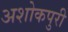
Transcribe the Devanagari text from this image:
अशोकपुरी